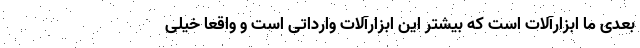
بعدی ما ابزارآلات است که بیشتر این ابزارآلات وارداتی است و واقعا خیلی